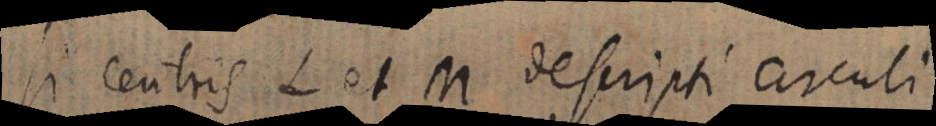
Si centris L et M descripti circuli